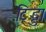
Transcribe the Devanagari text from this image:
टिड्डा